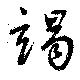
竭